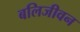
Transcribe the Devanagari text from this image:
बलिजीवन